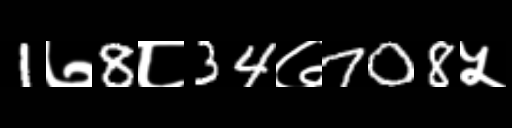
Text: 1७8८34७708५